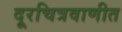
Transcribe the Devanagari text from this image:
दूरचित्रवाणीत